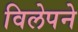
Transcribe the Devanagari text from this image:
विलेपने